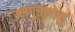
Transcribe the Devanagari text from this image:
उमगुंडलोव्हु